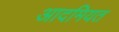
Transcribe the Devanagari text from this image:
आदमियत